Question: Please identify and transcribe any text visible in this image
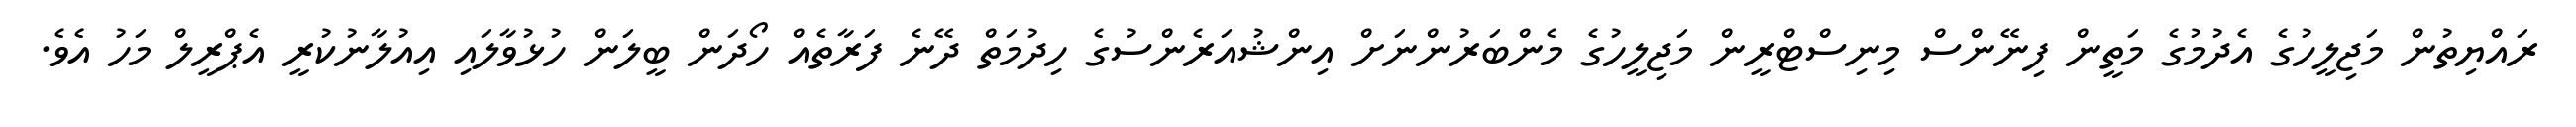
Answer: ރައްޔިތުން މަޖިލީހުގެ އެދުމުގެ މަތީން ފިނޭންސް މިނިސްޓްރީން މަޖިލީހުގެ މެންބަރުންނަށް އިންޝުއަރެންސުގެ ހިދުމަތް ދޭނެ ފަރާތެއް ހޯދަން ބީލަން ހުޅުވާލައި އިއުލާނުކުރީ އެޕްރީލް މަހު އެވެ.